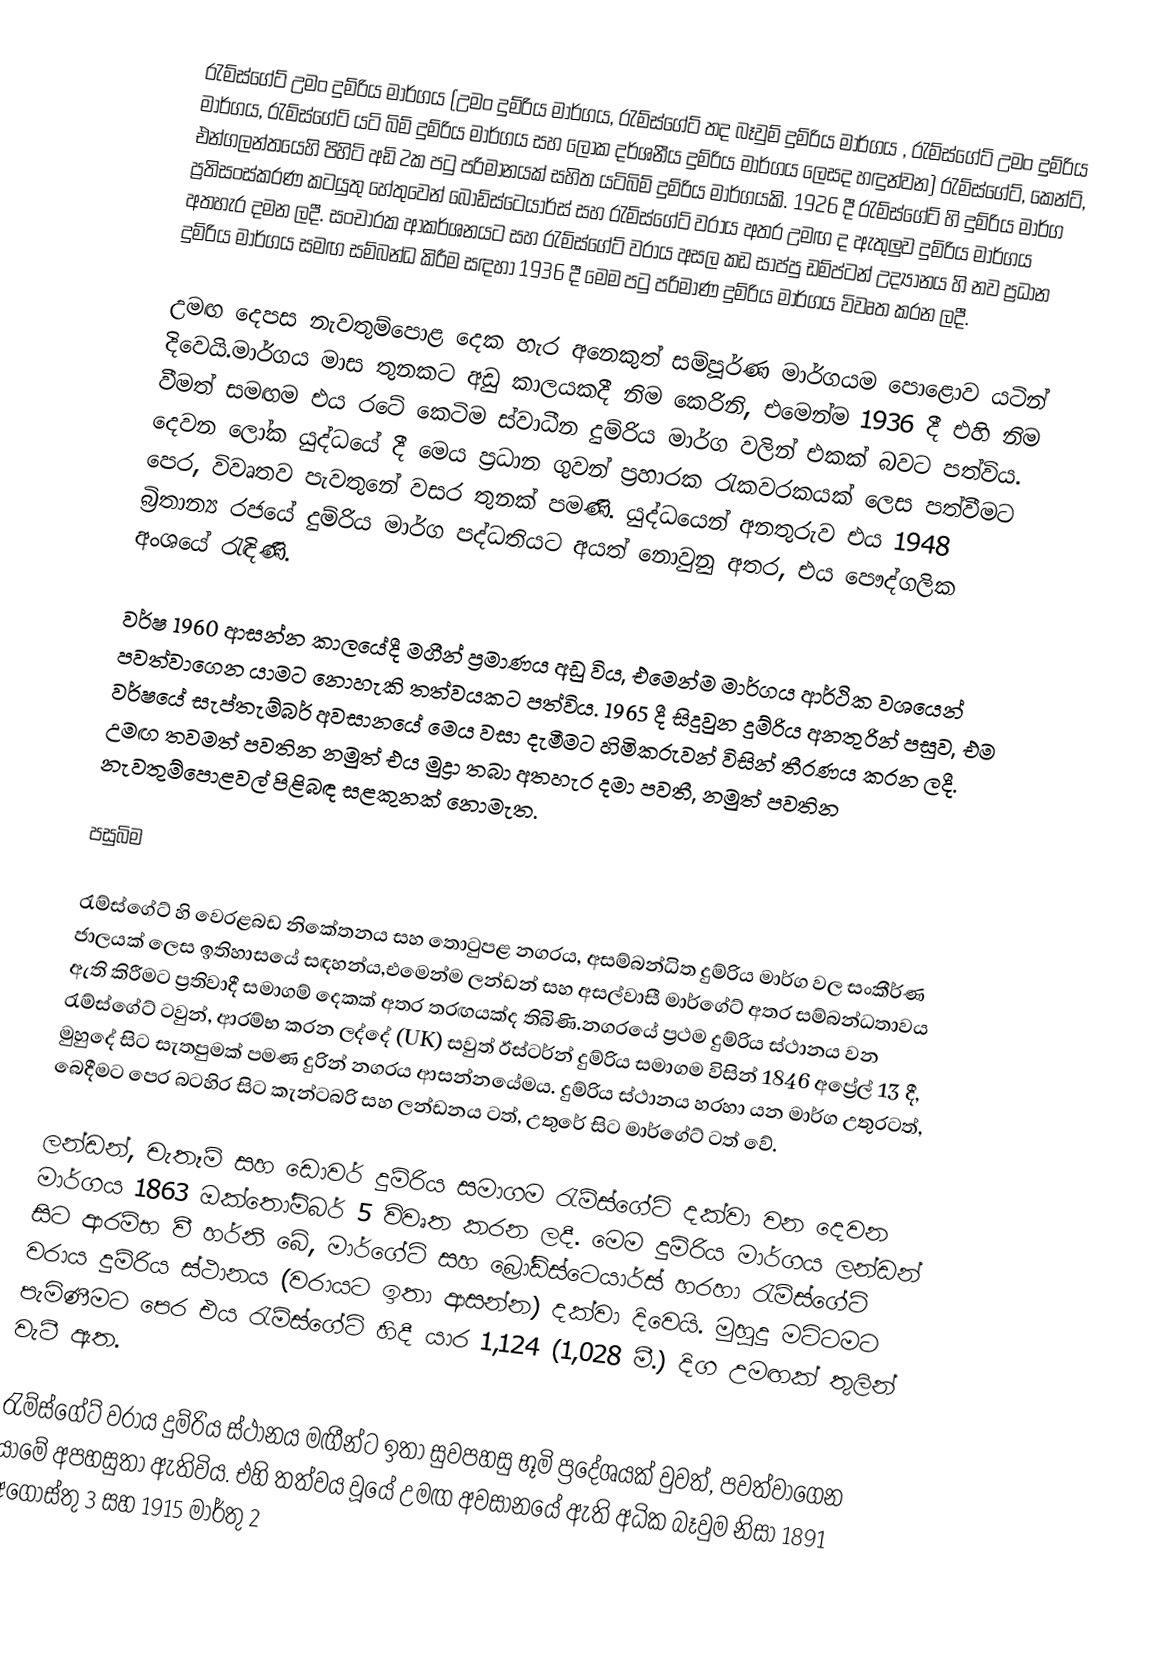
රැම්ස්ගේට් උමං දුම්රිය මාර්ගය (උමං දුම්රිය මාර්ගය, රැම්ස්ගේට් තද බෑවුම් දුම්රිය මාර්ගය , රැම්ස්ගේට් උමං දුම්රිය මාර්ගය, රැම්ස්ගේට් යටි බිම් දුම්රිය මාර්ගය සහ ලෝක දර්ශනීය දුම්රිය මාර්ගය ලෙසද හඳුන්වන) රැම්ස්ගේට්, කෙන්ට්, එන්ගලන්තයෙහි පිහිටි අඩි 2ක පටු පරිමානයක් සහිත යටිබිම් දුම්රිය මාර්ගයකි. 1926 දී රැම්ස්ගේට් හි දුම්රිය මාර්ග ප්‍රතිසංස්කරණ කටයුතු හේතුවෙන් බෝඩ්ස්ටෙයාර්ස් සහ රැම්ස්ගේට් වරාය අතර උමඟ ද ඇතුලුව දුම්රිය මාර්ගය අතහැර දමන ලදී. සංචාරක ආකර්ශනයට සහ  රැම්ස්ගේට් වරාය අසල කඩ සාප්පු ඩම්ප්ටන් උද්‍යානය හි නව ප්‍රධාන දුම්රිය මාර්ගය සමඟ සම්බන්ධ කිරීම සඳහා 1936 දී මෙම පටු පරිමාණ දුම්රිය මාර්ගය විවෘත කරන ලදී.

උමඟ දෙපස නැවතුම්පොළ දෙක හැර අනෙකුත් සම්පූර්ණ මාර්ගයම පොළොව යටින් දිවෙයි.මාර්ගය මාස තුනකට අඩු කාලයකදී නිම කෙරිනි, එමෙන්ම 1936 දී එහි නිම වීමත් සමඟම එය රටේ කෙටිම ස්වාධීන දුම්රිය මාර්ග වලින් එකක් බවට පත්විය. දෙවන ලෝක යුද්ධයේ දී මෙය ප්‍රධාන ගුවන් ප්‍රහාරක රැකවරකයක් ලෙස පත්වීමට පෙර, විවෘතව පැවතුනේ වසර තුනක් පමණි. යුද්ධයෙන් අනතුරුව එය 1948 බ්‍රිතාන්‍ය රජයේ දුම්රිය මාර්ග පද්ධතියට අයත් නොවුනු අතර, එය පෞද්ගලික අංශයේ රැඳිණි.

වර්ෂ 1960 ආසන්න කාලයේදී මගීන් ප්‍රමාණය අඩු විය, එමෙන්ම මාර්ගය ආර්ථික වශයෙන් පවත්වාගෙන යාමට නොහැකි තත්වයකට පත්විය. 1965 දී සිදුවුන දුම්රිය අනතුරින් පසුව, එම වර්ෂයේ සැප්තැම්බර් අවසානයේ මෙය වසා දැමීමට හිමිකරුවන් විසින් තීරණය කරන ලදී. උමඟ තවමත් පවතින නමුත් එය මුද්‍රා තබා අතහැර දමා පවතී, නමුත් පවතින නැවතුම්පොළවල් පිළිබඳ සළකුනක් නොමැත.

පසුබිම

රැම්ස්ගේට් හි වෙරළබඩ නිකේතනය සහ තොටුපළ නගරය, අසම්බන්ධිත දුම්රිය මාර්ග වල සංකීර්ණ ජාලයක් ලෙස ඉතිහාසයේ සඳහන්ය,එමෙන්ම ලන්ඩන් සහ අසල්වාසී මාර්ගේට් අතර සම්බන්ධතාවය ඇති කිරීමට ප්‍රතිවාදී සමාගම් දෙකක් අතර තරඟයක්ද තිබිණි.නගරයේ ප්‍රථම දුම්රිය ස්ථානය වන රැම්ස්ගේට් ටවුන්, ආරම්භ කරන ලද්දේ (UK) සවුත් ඊස්ටර්න් දුම්රිය සමාගම විසින් 1846 අප්‍රේල් 13 දී, මුහුදේ සිට සැතපුමක් පමණ දුරින් නගරය ආසන්නයේමය. දුම්රිය ස්ථානය හරහා යන මාර්ග උතුරටත්, බෙදීමට පෙර බටහිර සිට කැන්ටබරි සහ ලන්ඩනය ටත්, උතුරේ සිට මාර්ගේට් ටත් වේ.

ලන්ඩන්, චැතෑම් සහ ඩොවර් දුම්රිය සමාගම රැම්ස්ගේට් දක්වා වන දෙවන මාර්ගය 1863 ඔක්තෝම්බර් 5  විවෘත කරන ලදී. මෙම දුම්රිය මාර්ගය ලන්ඩන් සිට ආරම්භ වී හර්නි බේ, මාර්ගේට් සහ බ්‍රෝඩ්ස්ටෙයාර්ස් හරහා රැම්ස්ගේට් වරාය දුම්රිය ස්ථානය (වරායට ඉතා ආසන්න) දක්වා දිවෙයි. මුහුදු මට්ටමට පැමිණීමට පෙර එය රැම්ස්ගේට් හිදී යාර 1,124 (1,028 මී.) දිග උමඟක් තුලින් වැටී ඇත.

රැම්ස්ගේට් වරාය දුම්රිය ස්ථානය මඟීන්ට ඉතා සුවපහසු භූමි ප්‍රදේශයක් වුවත්, පවත්වාගෙන යාමේ අපහසුතා ඇතිවිය. එහි තත්වය වූයේ උමඟ අවසානයේ ඇති අධික බෑවුම නිසා 1891 අගෝස්තු 3  සහ 1915 මාර්තු 2